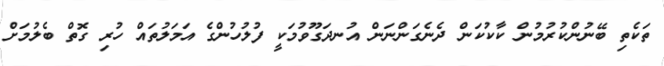
ތަކެތި ބޭނުންކުރުމުން ކާކުކަން ދެނެގަންނަން އުނދަގޫވުމަކީ ފުލުހުންގެ އަމަލުތައް ހުރި ގޮތް ބެލުމަށް